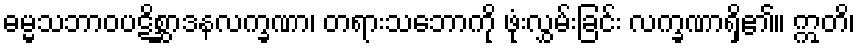
ဓမ္မသဘာဝပဋိစ္ဆာဒနလက္ခဏာ၊ တရားသဘောကို ဖုံးလွှမ်းခြင်း လက္ခဏာရှိ၏။ ဣတိ၊